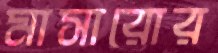
মাসারোর